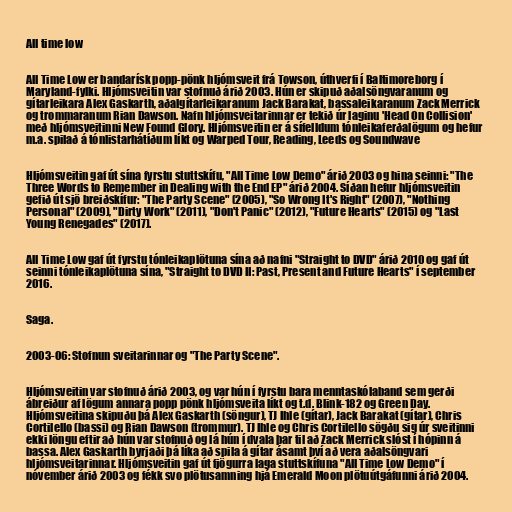
All time low

All Time Low er bandarísk popp-pönk hljómsveit frá Towson, úthverfi í Baltimoreborg í
Maryland-fylki. Hljómsveitin var stofnuð árið 2003. Hún er skipuð aðalsöngvaranum og
gítarleikara Alex Gaskarth, aðalgítarleikaranum Jack Barakat, bassaleikaranum Zack Merrick
og trommaranum Rian Dawson. Nafn hljómsveitarinnar er tekið úr laginu 'Head On Collision'
með hljómsveitinni New Found Glory. Hljómsveitin er á sífelldum tónleikaferðalögum og hefur
m.a. spilað á tónlistarhátíðum líkt og Warped Tour, Reading, Leeds og Soundwave

Hljómsveitin gaf út sína fyrstu stuttskífu, "All Time Low Demo" árið 2003 og hina seinni: "The
Three Words to Remember in Dealing with the End EP" árið 2004. Síðan hefur hljómsveitin
gefið út sjö breiðskífur: "The Party Scene" (2005), "So Wrong It's Right" (2007), "Nothing
Personal" (2009), "Dirty Work" (2011), "Don't Panic" (2012), "Future Hearts" (2015) og "Last
Young Renegades" (2017).

All Time Low gaf út fyrstu tónleikaplötuna sína að nafni "Straight to DVD" árið 2010 og gaf út
seinni tónleikaplötuna sína, "Straight to DVD II: Past, Present and Future Hearts" í september
2016.

Saga.

2003-06: Stofnun sveitarinnar og "The Party Scene".

Hljómsveitin var stofnuð árið 2003, og var hún í fyrstu bara menntaskólaband sem gerði
ábreiður af lögum annara popp pönk hljómsveita líkt og t.d. Blink-182 og Green Day.
Hljómsveitina skipuðu þá Alex Gaskarth (söngur), TJ Ihle (gítar), Jack Barakat (gítar), Chris
Cortilello (bassi) og Rian Dawson (trommur). TJ Ihle og Chris Cortilello sögðu sig úr sveitinni
ekki löngu eftir að hún var stofnuð og lá hún í dvala þar til að Zack Merrick slóst í hópinn á
bassa. Alex Gaskarth byrjaði þá líka að spila á gítar ásamt því að vera aðalsöngvari
hljómsveitarinnar. Hljómsveitin gaf út fjögurra laga stuttskífuna "All Time Low Demo" í
nóvember árið 2003 og fékk svo plötusamning hjá Emerald Moon plötuútgáfunni árið 2004.